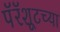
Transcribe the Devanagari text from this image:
पॅरॅशूटच्या